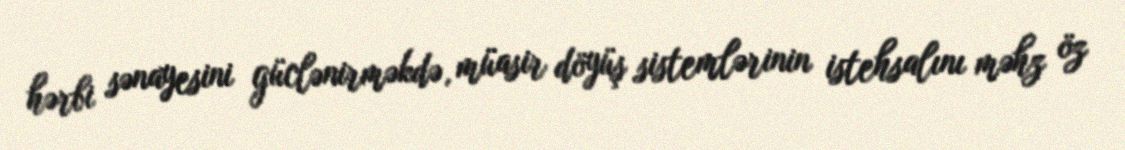
hərbi sənayesini güclənirməkdə, müasir döyüş sistemlərinin istehsalını məhz öz